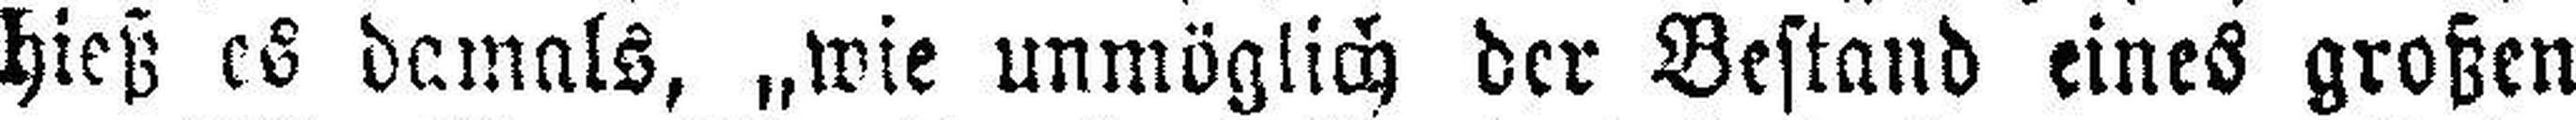
hieß es demals, „wie unmöglich der Bestand eines großen